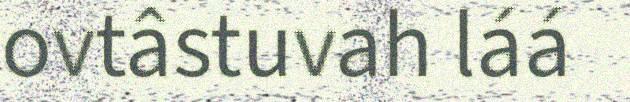
ovtâstuvah láá